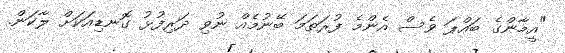
"އީމާންގެ ބައްޕަ ވެސް އެންމެ ފުރަތަމަ ބޭނުމެއް ނުވި ދަރިފުޅު ގޮނޑިއަކަށް ލާކަން.